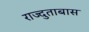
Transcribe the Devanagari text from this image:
राज्दुताबास